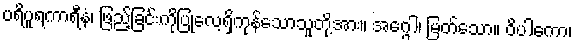
ပရိပူရကာရီနံ၊ ဖြည့်ခြင်းကိုပြုလေ့ရှိကုန်သောသူတို့အား။ အဂ္ဂေါ၊ မြတ်သော။ ဝိပါကော၊